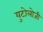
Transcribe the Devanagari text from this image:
युटोलोजी